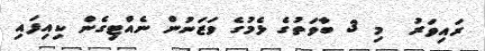
ރައިވަރު  މި 3 ބާވަތުގެ ޅެމުގެ ވަޒަނުން ނެއްޓިގެން ކިއިފައި